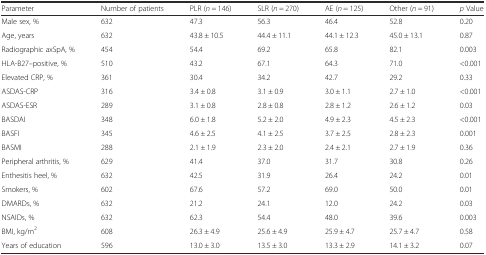
<table><thead><tr><td><b>Parameter</b></td><td><b>Number of patients</b></td><td><b>PLR (<i>n</i> = 146)</b></td><td><b>SLR (<i>n</i> = 270)</b></td><td><b>AE (<i>n</i> = 125)</b></td><td><b>Other (<i>n</i> = 91)</b></td><td><b><i>p</i> Value</b></td></tr></thead><tbody><tr><td>Male sex, %</td><td>632</td><td>47.3</td><td>56.3</td><td>46.4</td><td>52.8</td><td>0.20</td></tr><tr><td>Age, years</td><td>632</td><td>43.8 ± 10.5</td><td>44.4 ± 11.1</td><td>44.1 ± 12.3</td><td>45.0 ± 13.1</td><td>0.87</td></tr><tr><td>Radiographic axSpA, %</td><td>454</td><td>54.4</td><td>69.2</td><td>65.8</td><td>82.1</td><td>0.003</td></tr><tr><td>HLA-B27–positive, %</td><td>510</td><td>43.2</td><td>67.1</td><td>64.3</td><td>71.0</td><td>&lt;0.001</td></tr><tr><td>Elevated CRP, %</td><td>361</td><td>30.4</td><td>34.2</td><td>42.7</td><td>29.2</td><td>0.33</td></tr><tr><td>ASDAS-CRP</td><td>316</td><td>3.4 ± 0.8</td><td>3.1 ± 0.9</td><td>3.0 ± 1.1</td><td>2.7 ± 1.0</td><td>&lt;0.001</td></tr><tr><td>ASDAS-ESR</td><td>289</td><td>3.1 ± 0.8</td><td>2.8 ± 0.8</td><td>2.8 ± 1.2</td><td>2.6 ± 1.2</td><td>0.03</td></tr><tr><td>BASDAI</td><td>348</td><td>6.0 ± 1.8</td><td>5.2 ± 2.0</td><td>4.9 ± 2.3</td><td>4.5 ± 2.3</td><td>&lt;0.001</td></tr><tr><td>BASFI</td><td>345</td><td>4.6 ± 2.5</td><td>4.1 ± 2.5</td><td>3.7 ± 2.5</td><td>2.8 ± 2.3</td><td>0.001</td></tr><tr><td>BASMI</td><td>288</td><td>2.1 ± 1.9</td><td>2.3 ± 2.0</td><td>2.4 ± 2.1</td><td>2.7 ± 1.9</td><td>0.36</td></tr><tr><td>Peripheral arthritis, %</td><td>629</td><td>41.4</td><td>37.0</td><td>31.7</td><td>30.8</td><td>0.26</td></tr><tr><td>Enthesitis heel, %</td><td>632</td><td>42.5</td><td>31.9</td><td>26.4</td><td>24.2</td><td>0.01</td></tr><tr><td>Smokers, %</td><td>602</td><td>67.6</td><td>57.2</td><td>69.0</td><td>50.0</td><td>0.01</td></tr><tr><td>DMARDs, %</td><td>632</td><td>21.2</td><td>24.1</td><td>12.0</td><td>24.2</td><td>0.03</td></tr><tr><td>NSAIDs, %</td><td>632</td><td>62.3</td><td>54.4</td><td>48.0</td><td>39.6</td><td>0.003</td></tr><tr><td>BMI, kg/m<sup>2</sup></td><td>608</td><td>26.3 ± 4.9</td><td>25.6 ± 4.9</td><td>25.9 ± 4.7</td><td>25.7 ± 4.7</td><td>0.58</td></tr><tr><td>Years of education</td><td>596</td><td>13.0 ± 3.0</td><td>13.5 ± 3.0</td><td>13.3 ± 2.9</td><td>14.1 ± 3.2</td><td>0.07</td></tr></tbody></table>